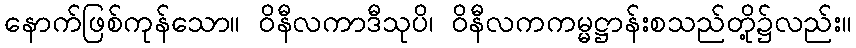
နောက်ဖြစ်ကုန်သော။ ဝိနီလကာဒီသုပိ၊ ဝိနီလကကမ္မဋ္ဌာန်းစသည်တို့၌လည်း။